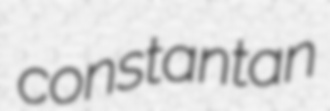
constantan